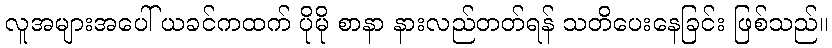
လူအများအပေါ် ယခင်ကထက် ပိုမို စာနာ နားလည်တတ်ရန် သတိပေးနေခြင်း ဖြစ်သည်။